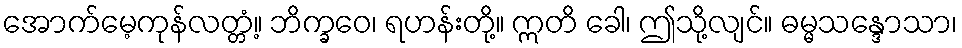
အောက်မေ့ကုန်လတ္တံ့။ ဘိက္ခဝေ၊ ရဟန်းတို့။ ဣတိ ခေါ၊ ဤသို့လျင်။ ဓမ္မသန္ဒောသာ၊